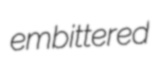
embittered